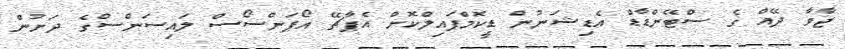
ޖާވާ ދޭއް ގެ ސްޓޭންޑާޑް އެޑިޝަނުން ޑީކޮމްޕައިލްކޮށް އެޕާޗޭ އޯޕަންސޯސް ލައިސަންސްގެ ދަށުން